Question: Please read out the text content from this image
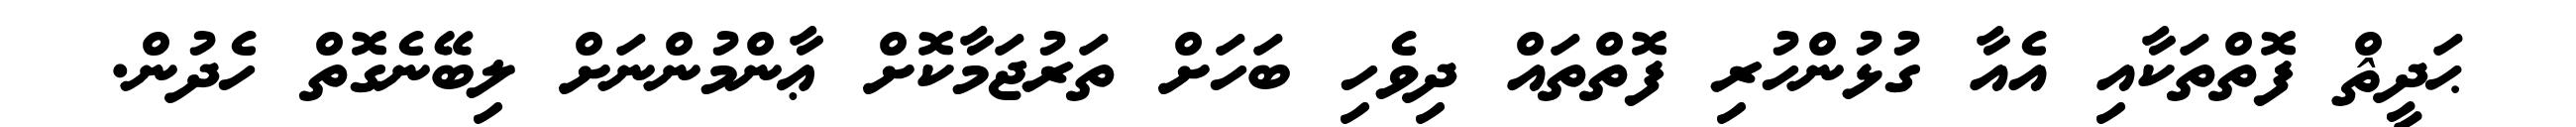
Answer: ޙަދީޘް ފޮތްތަކާއި އެއާ ގުޅުންހުރި ފޮތްތައް ދިވެހި ބަހަށް ތަރުޖަމާކޮށް ޢާންމުންނަށް ލިބޭނެގޮތް ހެދުން.